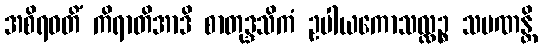
အစိရဝတိံ ကိရာတိအာဒိ စာတုဒ္ဒသိကံ ဥပါယကောသလ္လဉ္စ သမဏန္တိ